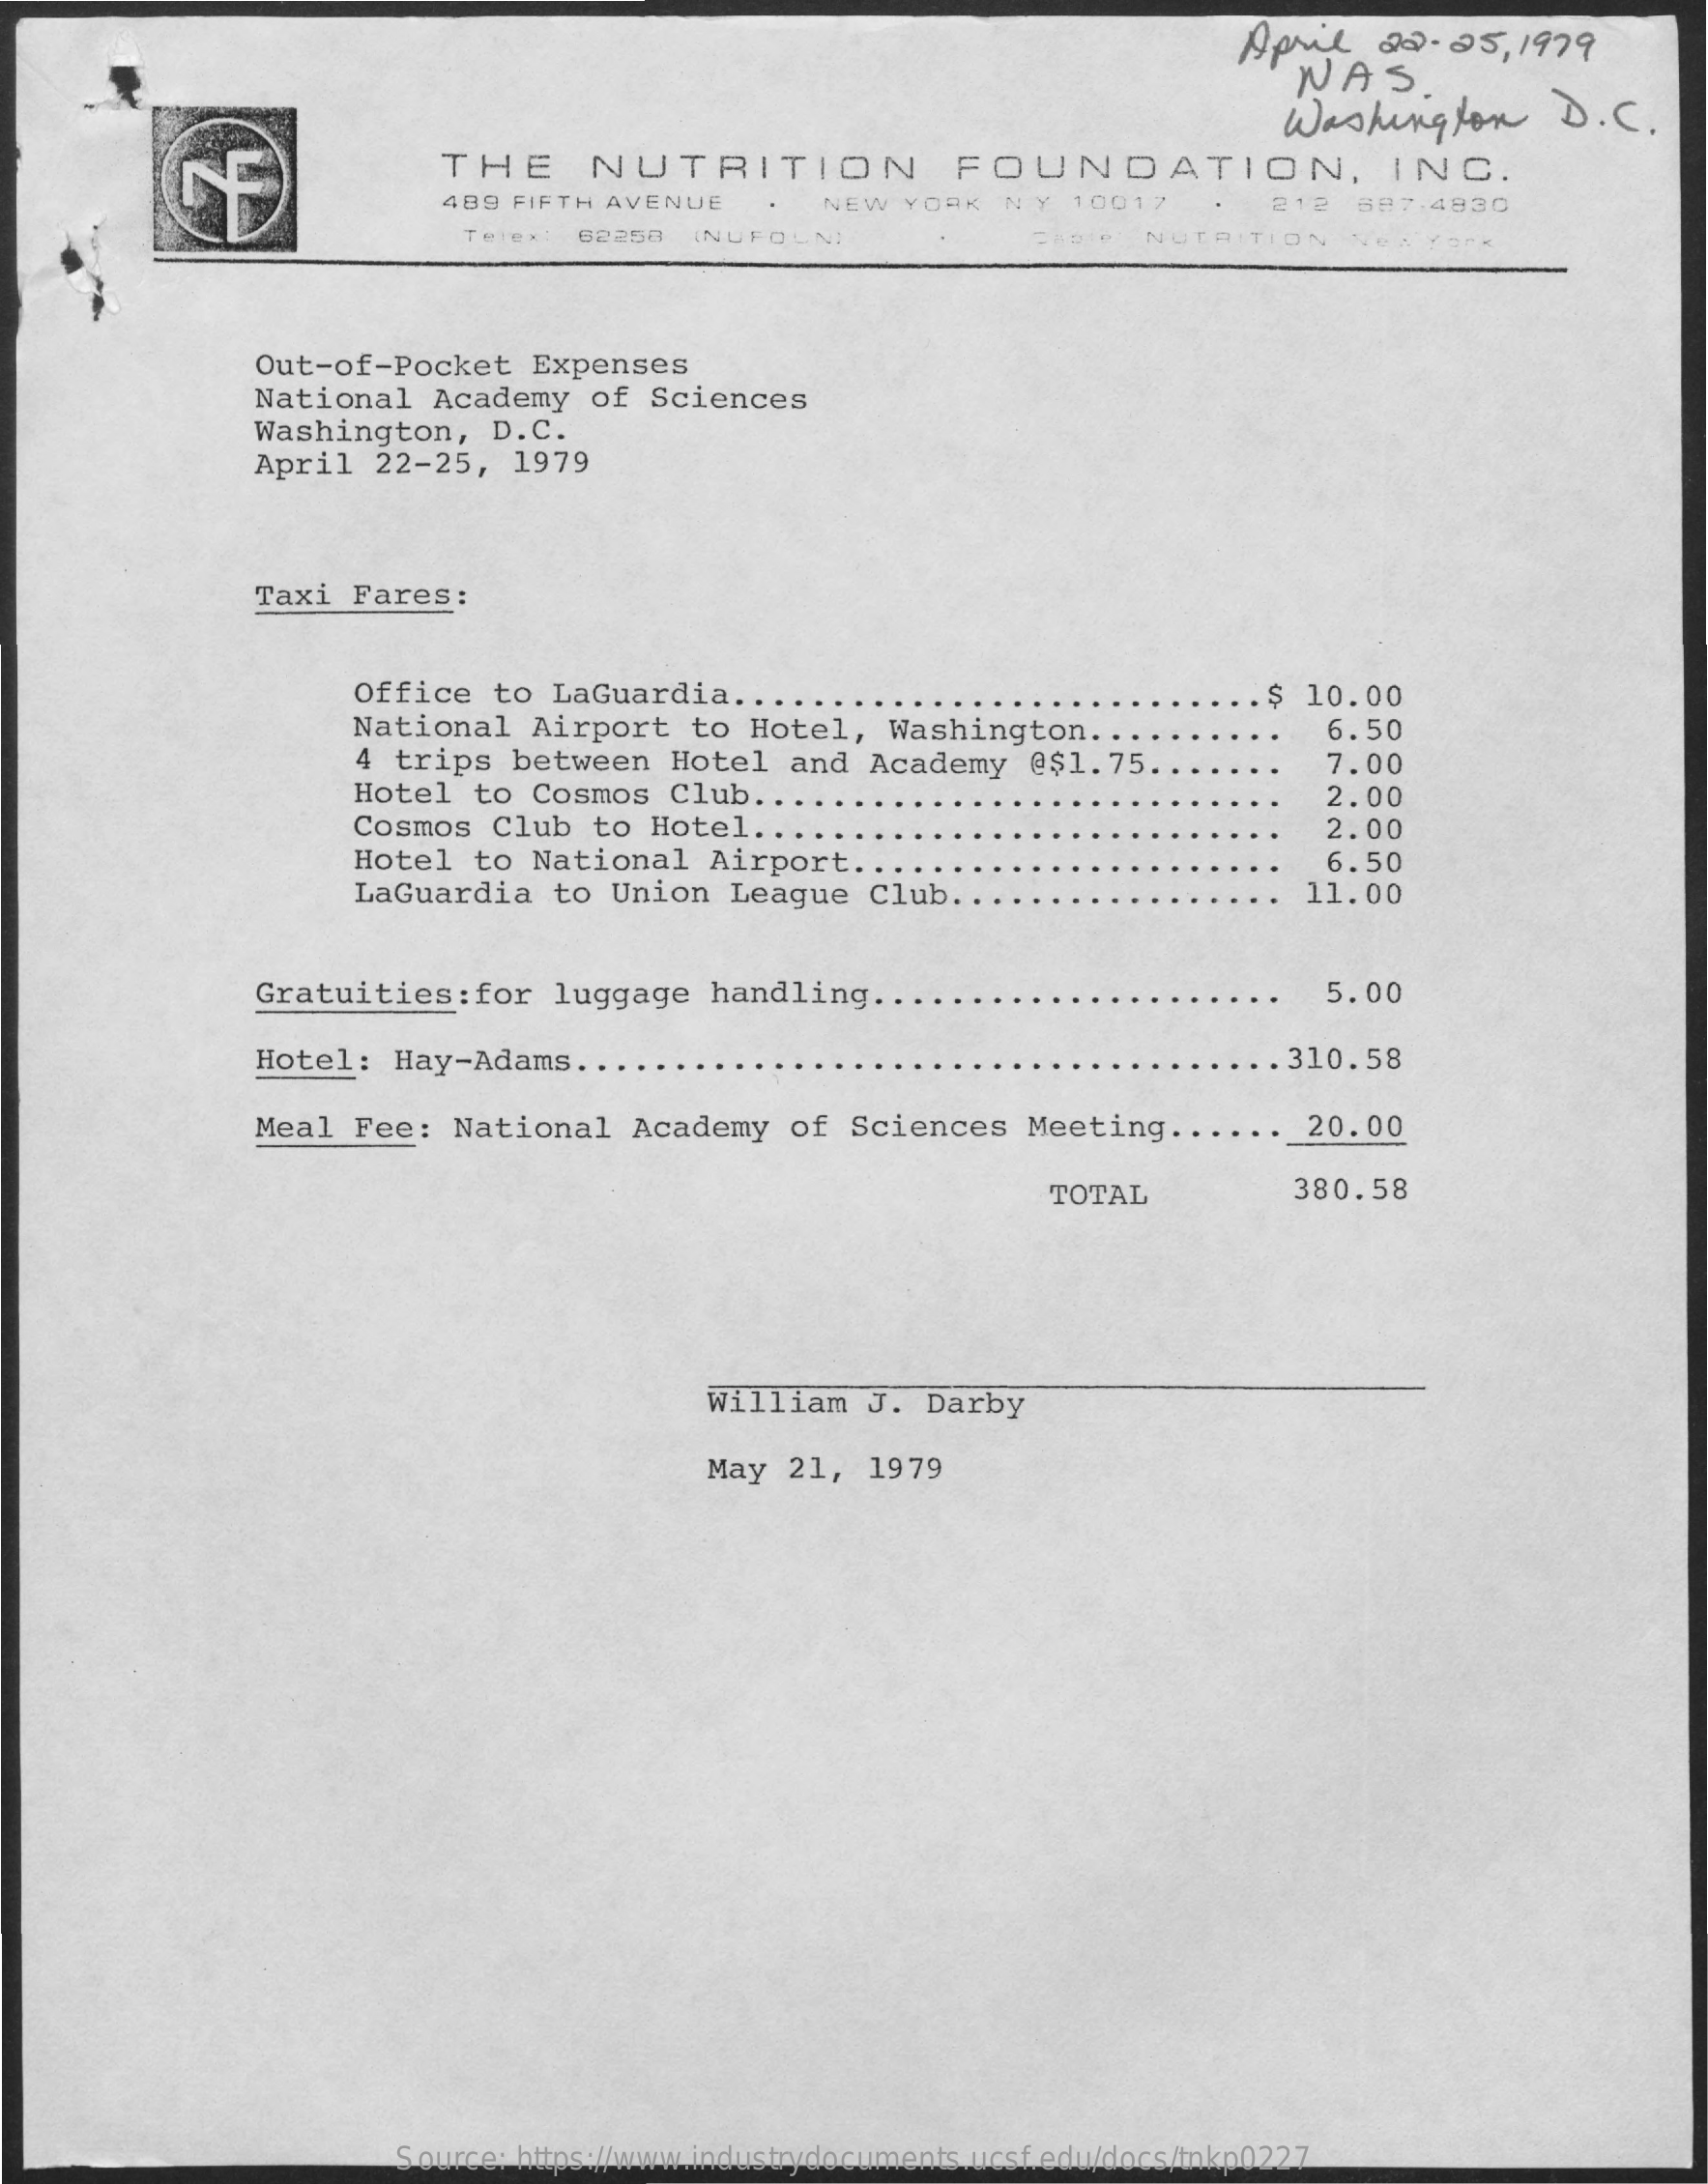
April    22-  25, 1979
     NAS.
     Washington    D.  C.
     THE    NUTRITION    FOUNDATION,    INC.
     489 FIFTH AVENUE    NEW   YORK  NY   10017    212   587.4830
     Telex  62258  (NUFOLN    NUTRITION
     Out-of-Pocket    Expenses
     National   Academy   of  Sciences
     Washington,    D.C.
     April  22-25,   1979
     Taxi  Fares:
     Office   to  LaGuardia   ...    $ 10.00
     National   Airport    to Hotel,   Washington    ..
     4  trips  between   Hotel   and  Academy    @$1.75.
     6.50
     Hotel   to Cosmos   Club  ...
     7.00
     Cosmos   Club  to  Hotel  ...
     2.00
     2.00
     Hotel   to National    Airport  ..    6.50
     LaGuardia    to Union   League   Club  ..    11.00
     Gratuities:for    luggage   handling.    5.00
     Hotel:  Hay-Adams.    .    . 310.58
     Meal  Fee:  National    Academy   of  Sciences   Meeting   .....    20.00
     TOTAL    380.58
     William   J.  Darby
     May  21,  1979
     Source: https://www.industrydocuments.ucsf.edu/docs/tnkp0227